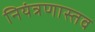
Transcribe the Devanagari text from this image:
नियंत्रणास्तव